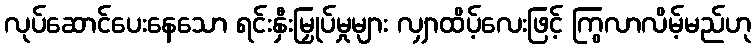
လုပ်ဆောင်ပေးနေသော ရင်းနှီးမြှုပ်မှုများ လျှာထိပ့်လေးဖြင့် ကြွလာလိမ့်မည်ဟု